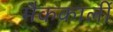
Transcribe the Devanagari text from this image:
मैककार्ली